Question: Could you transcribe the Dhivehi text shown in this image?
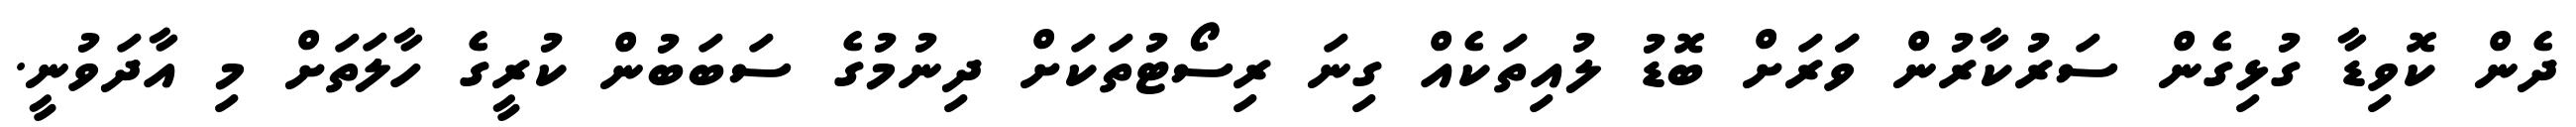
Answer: ދެން ކޮވިޑާ ގުޅިގެން ސަރުކާރުން ވަަރަށް ބޮޑު ލުއިތަކެއް ގިނަ ރިސޯޓުތަކަށް ދިނުމުގެ ސަބަބުން ކުރީގެ ހާލަތަށް މި އާދަވުނީ.